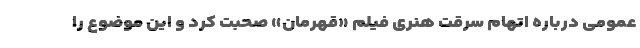
عمومی درباره اتهام سرقت هنری فیلم «قهرمان» صحبت کرد و این موضوع را